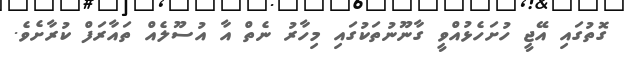
ގޮތުގައި އޭޖީ ހުށަހެޅުއްވީ ގާނޫނުތަކުގައި މިހާރު ނެތް އާ އުސޫލެއް ތައާރަފް ކުރާށެވެ.